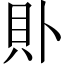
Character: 𧴤